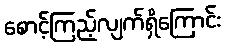
စောင့်ကြည့်လျက်ရှိကြောင်း